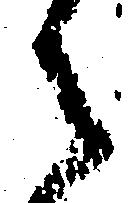
之